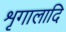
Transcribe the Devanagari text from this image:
शृगालादि